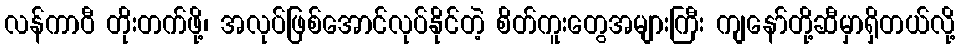
လန်ကာဝီ တိုးတက်ဖို့၊ အလုပ်ဖြစ်အောင်လုပ်နိုင်တဲ့ စိတ်ကူးတွေအများကြီး ကျနော်တို့ဆီမှာရှိတယ်လို့